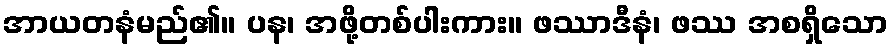
အာယတနံမည်၏။ ပန၊ အဖို့တစ်ပါးကား။ ဖဿာဒီနံ၊ ဖဿ အစရှိသော